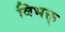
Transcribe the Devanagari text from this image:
विभक्त्